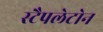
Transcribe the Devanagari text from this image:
स्टैपलेटोन